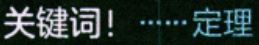
关键词！......定理